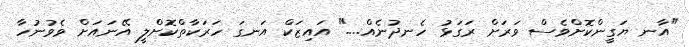
"އާނ ޔަގީންކޮށްވެސް ވަރަށް ރަގަޅު ހެނދުނެއް...." އައިޒަކް އަނގަ ހަރަކާތްކޮށްލީ އޭނައަށް ވެވުނުހާ